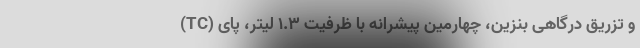
(TC) و تزریق درگاهی بنزین، چهارمین پیشرانه با ظرفیت ۱.۳ لیتر، پای